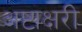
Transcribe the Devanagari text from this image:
अष्टाक्षरी